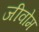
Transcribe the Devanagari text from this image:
जीवोम